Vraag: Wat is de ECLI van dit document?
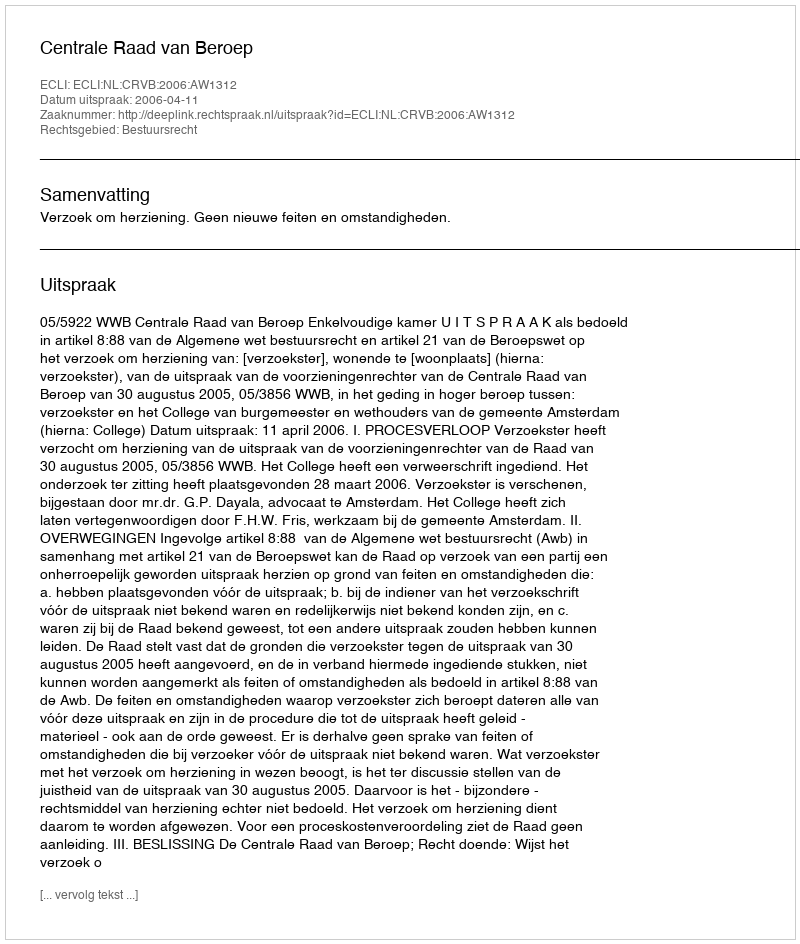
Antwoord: ECLI:NL:CRVB:2006:AW1312